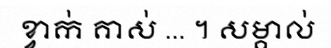
ខ្វាក់ គាស់ ... ។ សម្គាល់